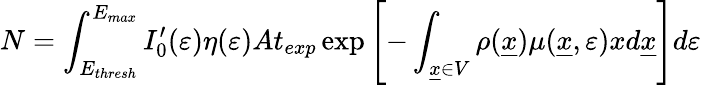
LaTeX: N=\int_{E_{thresh}}^{E_{max}}I_{0}^{\prime}(\varepsilon)\eta(\varepsilon)At_{exp}\exp\left[-\int_{\underline{{x}}\in V}\rho(\underline{{x}})\mu(\underline{{x}},\varepsilon)xd\underline{{x}}\right]d\varepsilon